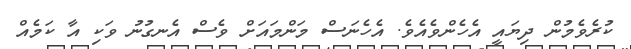
ކުރެވެމުން ދިޔައީ އެހެންވެއެވެ. އެހެނަސް މަންމައަށް ވެސް އެނގުނު ވަކި އާ ކަމެއް